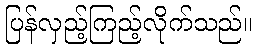
ပြန်လှည့်ကြည့်လိုက်သည်။